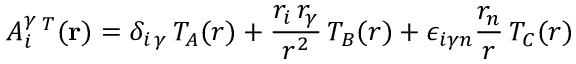
A _ { i } ^ { \gamma } \, ^ { T } ( { \bf r } ) = { \delta } _ { { i } \, { \gamma } } \, { \cal T } _ { A } ( r ) + \frac { r _ { i } \, r _ { \gamma } } { r ^ { 2 } } \, { \cal T } _ { B } ( r ) + { \epsilon } _ { i { \gamma } n } \frac { r _ { n } } { r } \, { \cal T } _ { C } ( r )